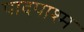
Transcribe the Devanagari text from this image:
पादपाश्म